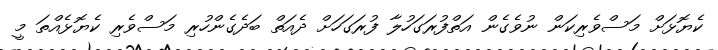
ކެޔޮޅަށް މަސްވެރިކަން ނުވެގެން އަތްފުރަގަހުލާ ފުރަގަހަށް ދެއަތް ބަދެގެންހުރި މަސްވެރި ކެޔޮޅެއްތަ މީ